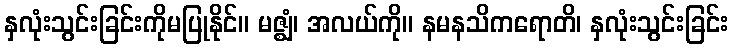
နှလုံးသွင်းခြင်းကိုမပြုနိုင်။ မဇ္ဈံ၊ အလယ်ကို။ နမနသိကရောတိ၊ နှလုံးသွင်းခြင်း